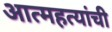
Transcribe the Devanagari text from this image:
आत्महत्यांची